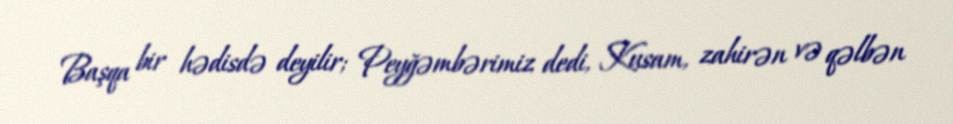
Başqa bir hədisdə deyilir; Peyğəmbərimiz dedi, Kusam, zahirən və qəlbən